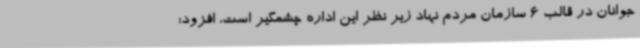
جوانان در قالب 6 سازمان مردم نهاد زیر نظر این اداره چشمگیر است، افزود: